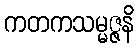
ကတကသမ္မဇ္ဇနိ